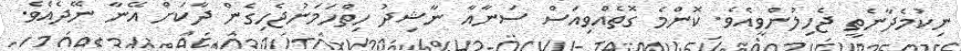
ނިކުމެދާނެތީ ޖެހިލުންވީއެވެ. ކޮންމެ ގޮތެއްވިއަސް ސަނާއާ ނާޝިދު ހިތްހަމަނުޖެހިގެން ދާކަށް އޭނާ ނޭދެއެވެ.